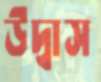
উদ্বাস